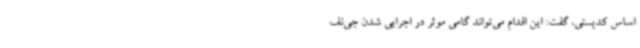
اساس کدپستی، گفت: این اقدام می‌تواند گامی موثر در اجرایی شدن جی‌نف